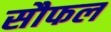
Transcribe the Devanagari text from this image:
सौफल